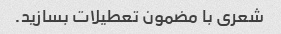
شعری با مضمون تعطیلات بسازید.